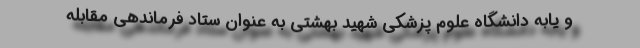
و یابه دانشگاه علوم پزشکی شهید بهشتی به عنوان ستاد فرماندهی مقابله